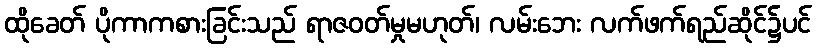
ထိုခေတ် ပိုကာကစားခြင်းသည် ရာဇဝတ်မှုမဟုတ်၊ လမ်းဘေး လက်ဖက်ရည်ဆိုင်၌ပင်